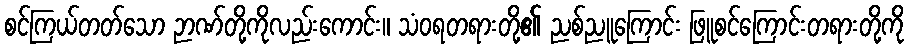
စင်ကြယ်တတ်သော ဉာဏ်တို့ကိုလည်းကောင်း။ သံဝရတရားတို့၏ ညစ်ညူကြောင်း ဖြူစင်ကြောင်းတရားတို့ကို